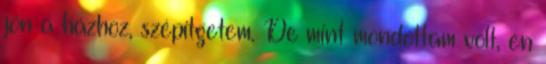
jön a házhoz, szépítgetem. De mint mondottam volt, én